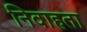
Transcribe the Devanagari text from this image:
निवाहता